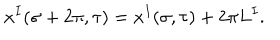
LaTeX: x ^ { I } ( \sigma + 2 \pi , \tau ) = x ^ { I } ( \sigma , \tau ) + 2 \pi L ^ { I } .